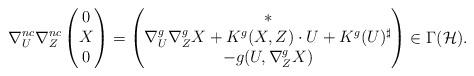
LaTeX: \begin{align*}\nabla_U^{nc} \nabla_Z^{nc} \begin{pmatrix}0 \\ X \\ 0 \end{pmatrix} = \begin{pmatrix} * \\ \nabla_U^g \nabla_Z^g X + K^g(X,Z) \cdot U +K^g(U)^{\sharp} \\ -g(U,\nabla^g_Z X)\end{pmatrix} \in \Gamma(\mathcal{H}).\end{align*}